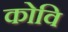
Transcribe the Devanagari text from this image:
कोवि